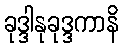
ခုဒ္ဒါနုခုဒ္ဒကာနိ